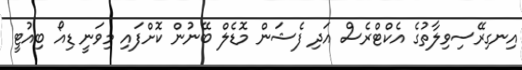
އިނގިރޭސިވިލާތުގެ އެކްޓްރެސް އަދި ފެޝަން މޮޑެލް ބޭނުން ކޮށްފައި މިވަނީ ޑިއޯ ބިއުޓީ